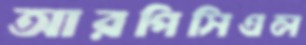
আরপিসিএল